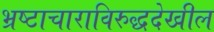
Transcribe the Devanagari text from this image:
भ्रष्टाचाराविरुद्धदेखील